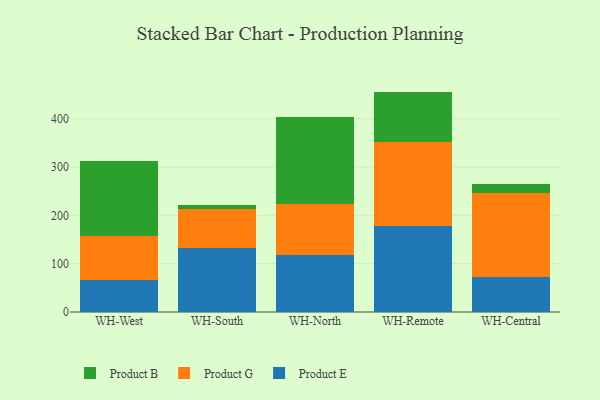
{"axis": {"x": "Warehouse", "y": "Shipments"}, "legend": ["Product B", "Product E", "Product G"], "data": [{"x": "WH-West", "y": 65.5, "type": "Product E"}, {"x": "WH-West", "y": 90.9, "type": "Product G"}, {"x": "WH-West", "y": 156.6, "type": "Product B"}, {"x": "WH-South", "y": 132.1, "type": "Product E"}, {"x": "WH-South", "y": 81.7, "type": "Product G"}, {"x": "WH-South", "y": 7.7, "type": "Product B"}, {"x": "WH-North", "y": 118.7, "type": "Product E"}, {"x": "WH-North", "y": 104.6, "type": "Product G"}, {"x": "WH-North", "y": 179.9, "type": "Product B"}, {"x": "WH-Remote", "y": 177.7, "type": "Product E"}, {"x": "WH-Remote", "y": 174.3, "type": "Product G"}, {"x": "WH-Remote", "y": 104.1, "type": "Product B"}, {"x": "WH-Central", "y": 72.3, "type": "Product E"}, {"x": "WH-Central", "y": 174.7, "type": "Product G"}, {"x": "WH-Central", "y": 17.3, "type": "Product B"}]}